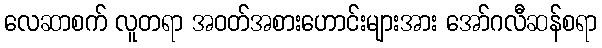
လေဆာစက် လူတရာ အဝတ်အစားဟောင်းများအား အော်ဂလီဆန်စရာ